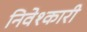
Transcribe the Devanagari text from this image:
निवेश्कारी